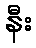
နီး